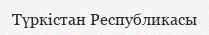
Түркістан Республикасы